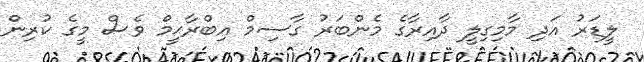
ލީޑަރު އަދި މާމިގިލީ ދާއިރާގެ މެންބަރު ގާސިމް އިބްރާޙީމް ވެސް މީގެ ކުރިން